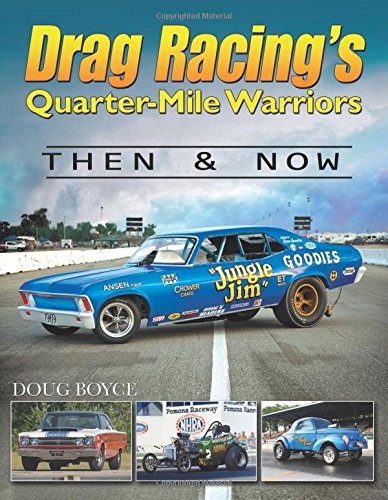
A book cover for Drag Racing's Quarter-Mile Warriors: Then & Now (Cartech); Doug Boyce; Engineering & Transportation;